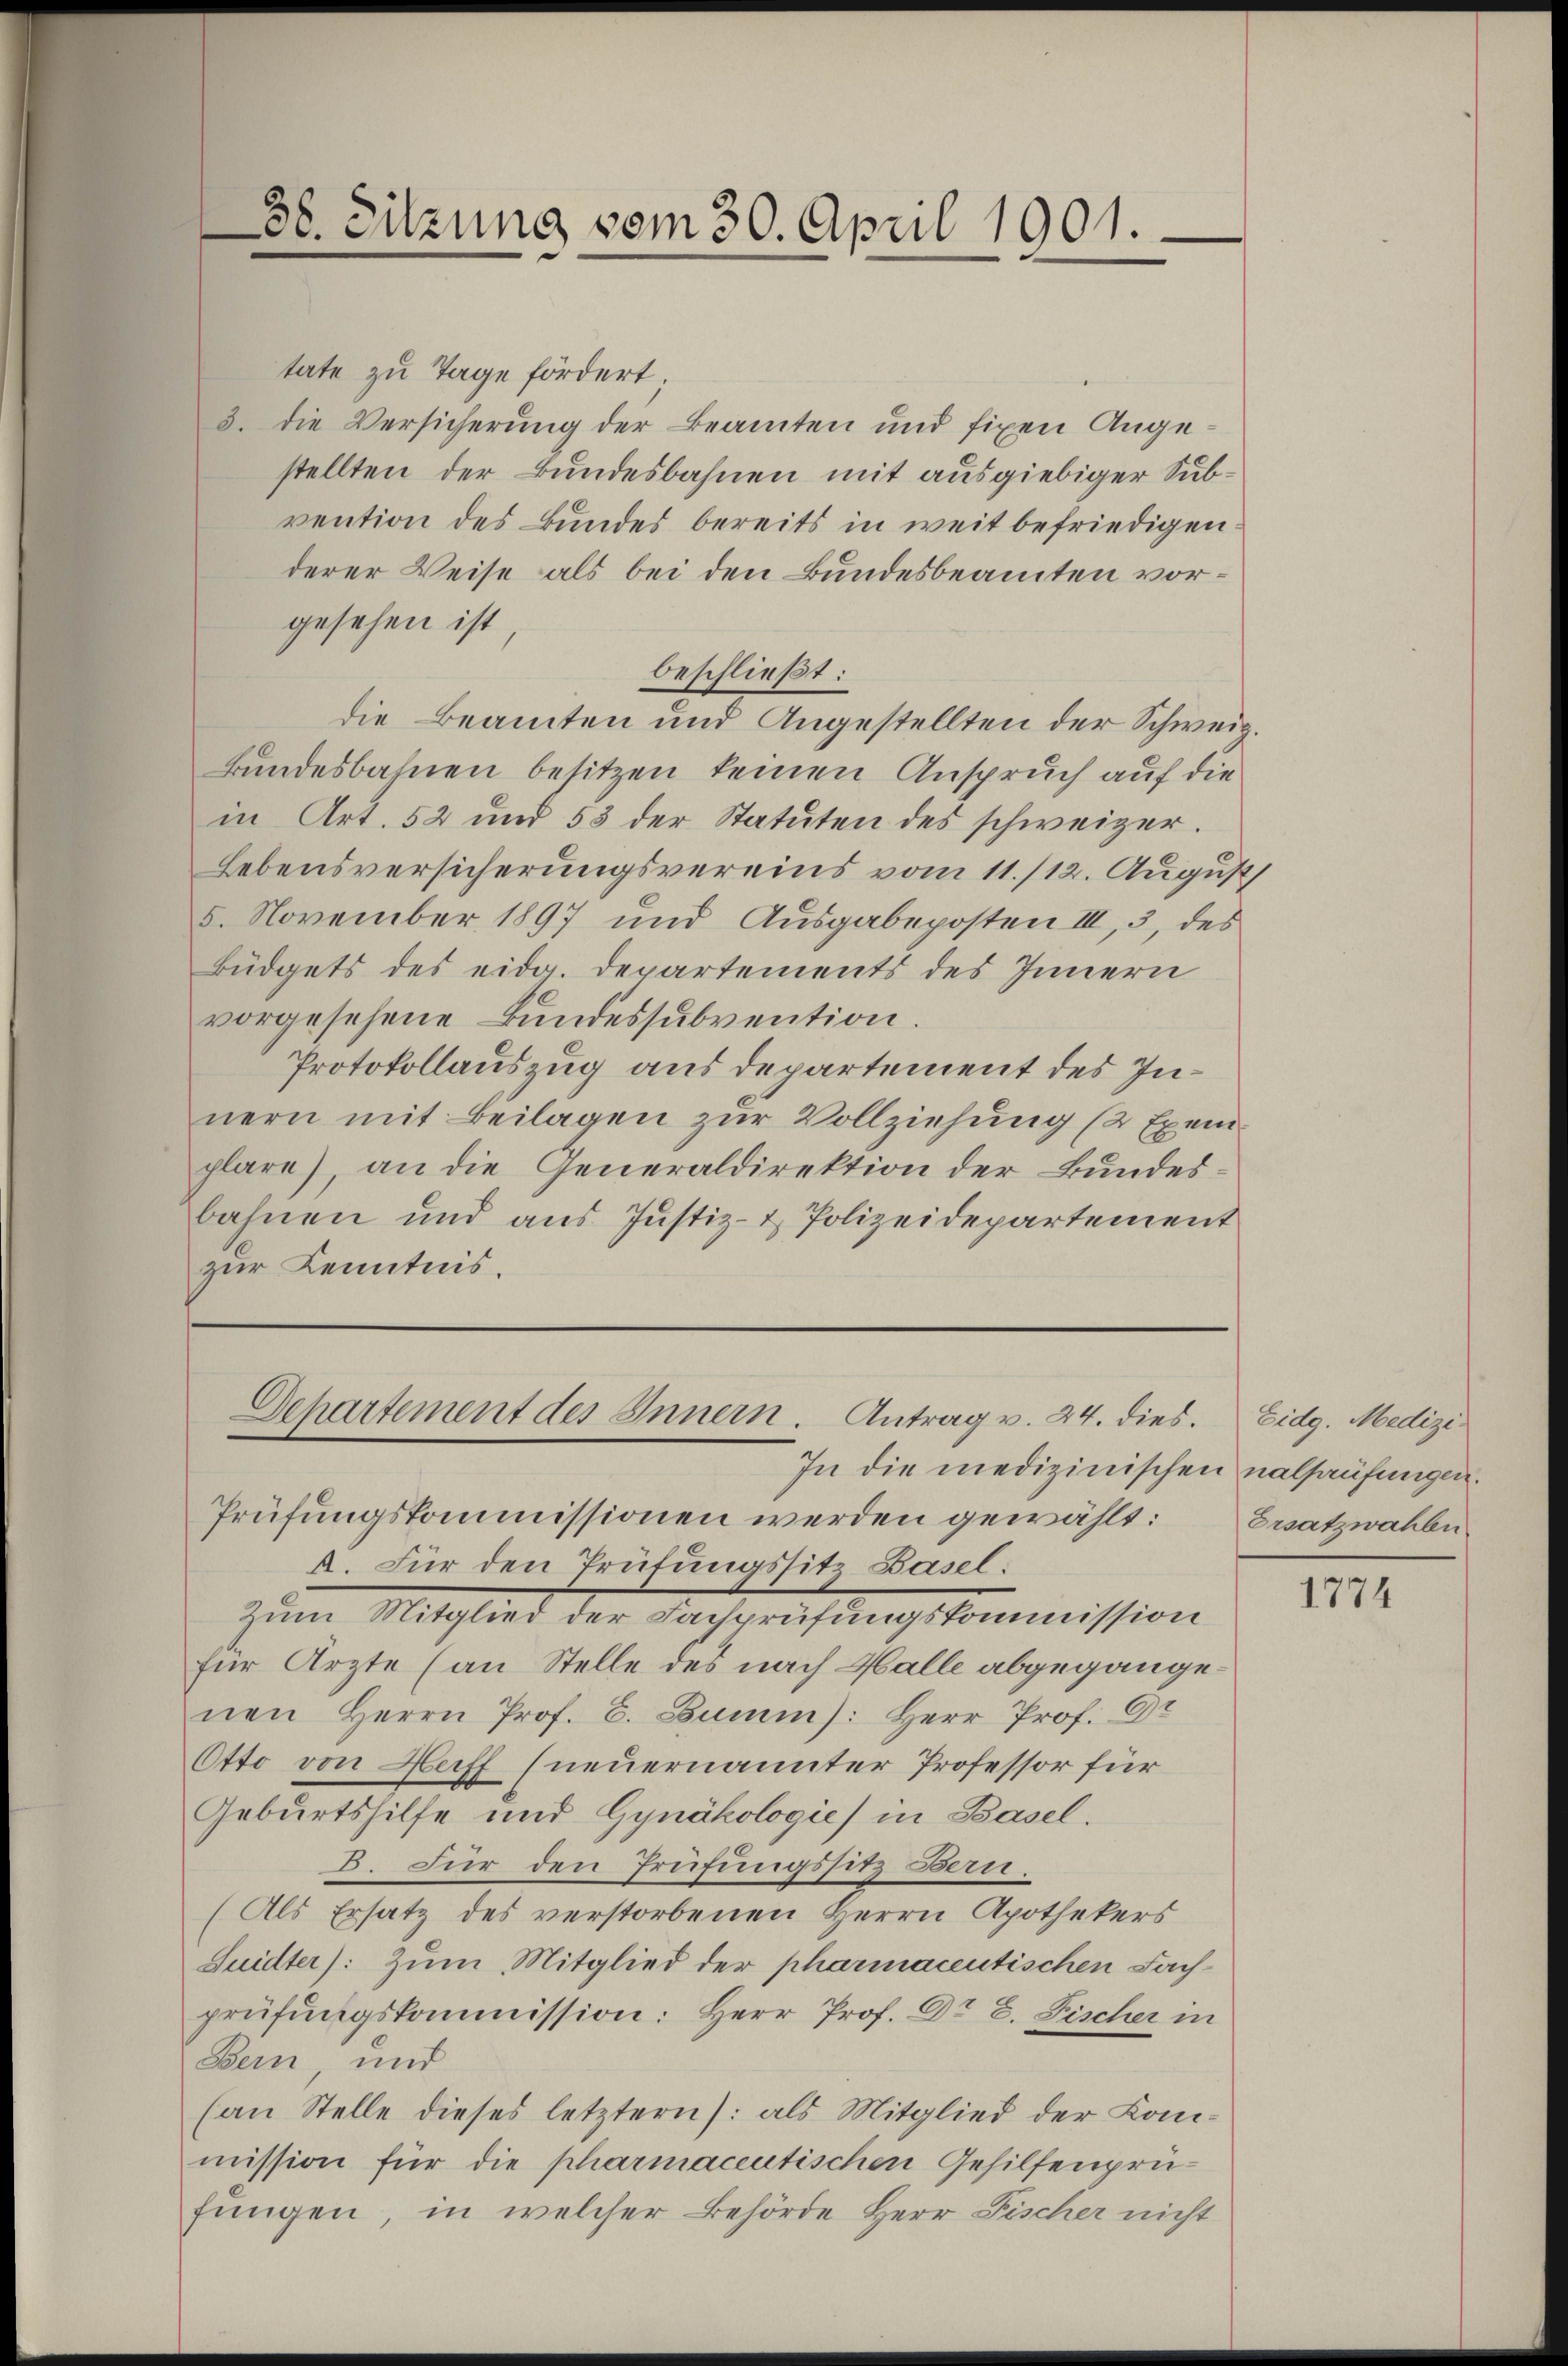
38. Sitzung vom 30. April 1901.

tate zu Tage fördert
3. die Versicherung der Beamten und fixen Angestellten der Bundesbahnen mit ausgiebiger Subvention des Bundes bereits in weit befriedigen.
derer Weise als bei den Bundesbeamten vorgesehen ist,
beschließt:
die Beamten und Angestellten der Schweiz.
Bundesbahnen besitzen keinen Anspruch auf die
in Art. 52 und 53 der Statuten des schweizer.
Lebensversicherungsvereins vom 11./12. August
5. November 1897 und Ausgabeposten III, 3, des
Büdgets des eida. Departements des Innern
vorgesehene Bundessubvention.
Protokollauszug aus departement des Innern mit Beilagen zur Vollziehung (2 Exemplare), an die Generaldirektion der Bundesbahnen und aus Justiz- & Polizeidepartement
zur Kenntnis.

Departement des Innern. Antrag v. 24. dies.

In die medizinischen nalhaufungen.
Prüfungskommissionen werden gewählt: Ersatzwahle
A. Für den Trütungssitz Basel:
Zum Mitglied der Fachprüfungskommission
für Ärzte (an Stelle des nach Halle abgegangenen Herrn Prof. C. Dumm): Herr Prof. Or
Otto von Hoff (neuernannter Professor für
Geburtshilfe und Gynäkologie in Basel.
B. Für den Prüfungssitz Bern.
(Als Ersatz des verstorbenen Herrn Apothekers
Suidter). Zum Mitglied der pharmacentischen Fach-
prüfŭngskommission: Herr Prof. Dr E. Fischer in
Bern und
(an Stelle dieses letztern): als Mitglied der Konmission für die pharmacentischen Gehilfenprüfungen, in welcher Behörde Herr Fischer nicht

Eidg. Medizi¬

1774